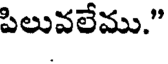
పిలువలేము."